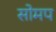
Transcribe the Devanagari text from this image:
सोमप